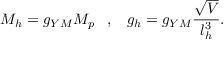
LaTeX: M _ { h } = g _ { Y M } M _ { p } \; \; \; , \; \; \; g _ { h } = g _ { Y M } \frac { \sqrt { V } } { l _ { h } ^ { 3 } } .